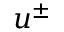
u ^ { \pm }